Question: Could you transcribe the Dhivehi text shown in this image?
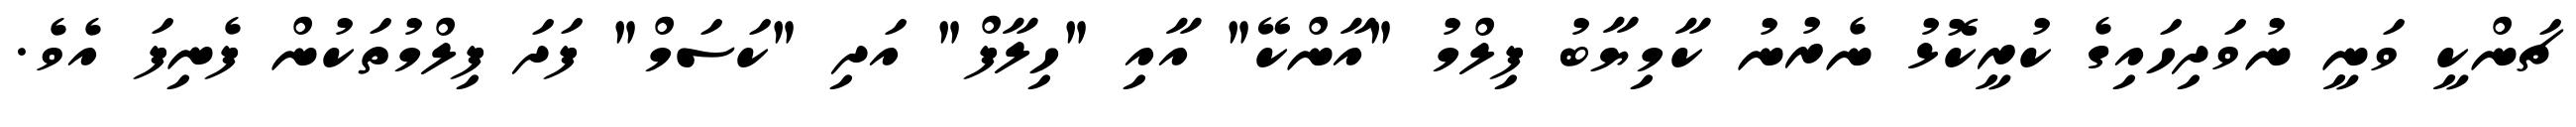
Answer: ޗަންކީ ވަނީ ނުވަދިހައިގެ ކުރީކޮޅު ނެރުނު ކާމިޔާބު ފިލްމު "އާންކޭ" އާއި "ހިލާފް" އަދި "ކަސަމް" ފަދަ ފިލްމުތަކުން ފެނިފަ އެވެ.